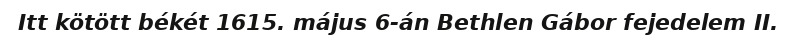
Itt kötött békét 1615. május 6-án Bethlen Gábor fejedelem II.